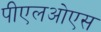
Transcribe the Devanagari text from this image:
पीएलओएस